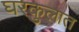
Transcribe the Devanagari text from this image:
घरकुलात